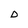
Character: D